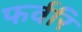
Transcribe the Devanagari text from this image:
फर्वरि